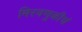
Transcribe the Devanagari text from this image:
मिरवणुकीचं